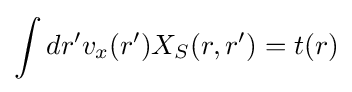
\int dr'v_{x}(r')X_{S}(r,r')=t(r)